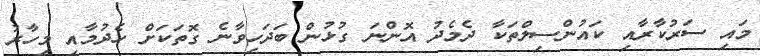
މައި ސަރުކާރާއި ކައުންސިލްތަކާ ދެމެދު އޮންނަ ގުޅުން ބަދަހިވާނެ ގޮތަކަށް ހެދުމާއި މިހާރު